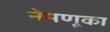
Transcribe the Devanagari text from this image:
नेमणूका